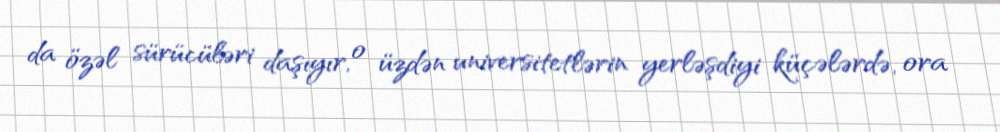
da özəl sürücüləri daşıyır, o üzdən universitetlərin yerləşdiyi küçələrdə, ora